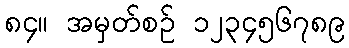
၈၄။ အမှတ်စဉ် ၁၂၃၄၅၆၇၈၉